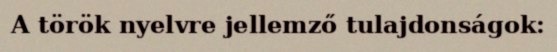
A török nyelvre jellemző tulajdonságok: